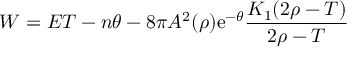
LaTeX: W = E T - n \theta - 8 \pi A ^ { 2 } ( \rho ) \mathrm { e } ^ { - \theta } { \frac { K _ { 1 } ( 2 \rho - T ) } { 2 \rho - T } }